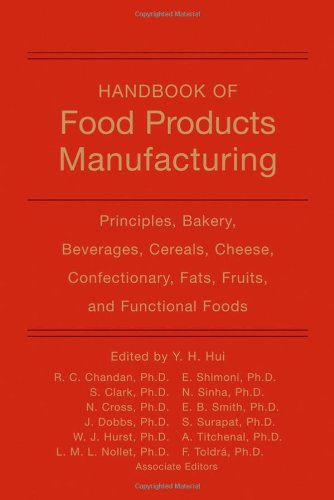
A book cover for Handbook of Food Products Manufacturing: Principles, Bakery, Beverages, Cereals, Cheese, Confectionary, Fats, Fruits, and Functional Foods (v. 1); Engineering & Transportation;